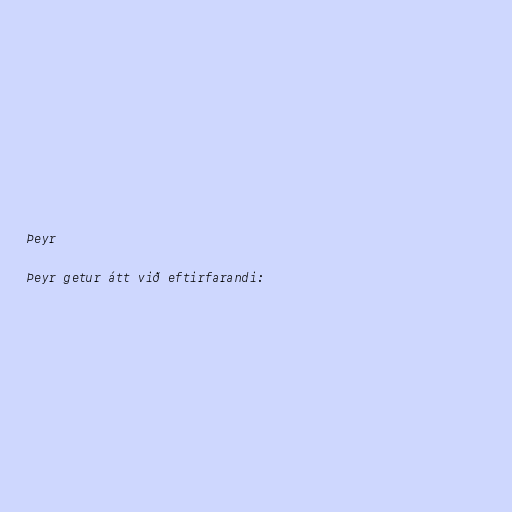
Þeyr

Þeyr getur átt við eftirfarandi: